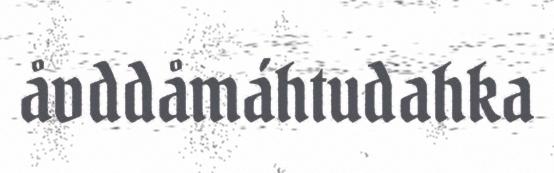
åvddåmáhtudahka